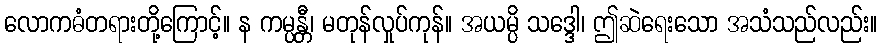
လောကဓံတရားတို့ကြောင့်။ န ကမ္ပန္တီ၊ မတုန်လှုပ်ကုန်။ အယမ္ပိ သဒ္ဒေါ၊ ဤဆဲရေးသော အသံသည်လည်း။